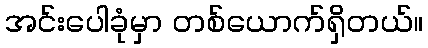
အင်းပေါခုံမှာ တစ်ယောက်ရှိတယ်။